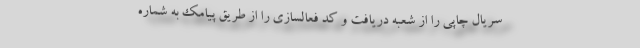
سریال چاپی را از شعبه دریافت و کد فعالسازی را از طریق پیامک به شماره